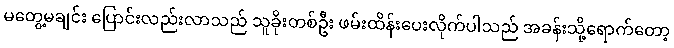
မတွေ့မချင်း ပြောင်းလည်းလာသည် သူခိုးတစ်ဦး ဖမ်းထိန်းပေးလိုက်ပါသည် အခန်းသို့ရောက်တော့